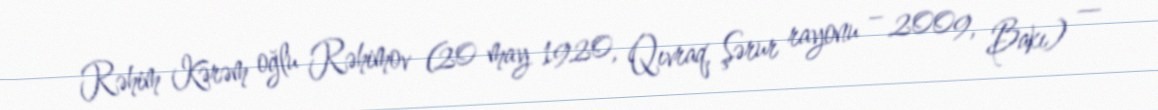
Rəhim Kərəm oğlu Rəhimov (20 may 1920, Qıvraq, Şərur rayonu – 2009, Bakı) —